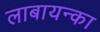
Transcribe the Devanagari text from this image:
लाबायन्का